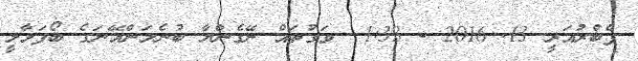
ފެބްރުއަރީ 13